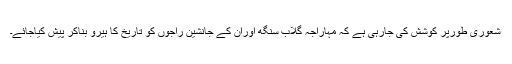
شعوری طورپر کوشش کی جارہی ہے کہ مہاراجہ گلاب سنگھ اوران کے جانشین راجوں کو تاریخ کا ہیرو بناکر پیش کیاجائے۔